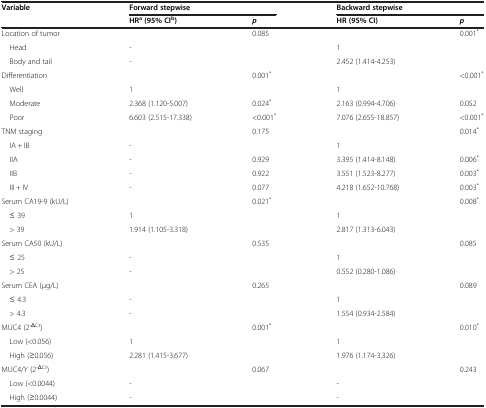
<table><thead><tr><td><b>Variable</b></td><td colspan="2"><b>Forward stepwise</b></td><td colspan="2"><b>Backward stepwise</b></td></tr><tr><td></td><td><b>HR<sup>a</sup>(95% CI<sup>b</sup>)</b></td><td><b><i>p</i></b></td><td><b>HR (95% CI)</b></td><td><b><i>p</i></b></td></tr></thead><tbody><tr><td>Location of tumor</td><td></td><td>0.085</td><td></td><td>0.001<sup>*</sup></td></tr><tr><td> Head</td><td>-</td><td></td><td>1</td><td></td></tr><tr><td> Body and tail</td><td>-</td><td></td><td>2.452 (1.414-4.253)</td><td></td></tr><tr><td>Differentiation</td><td></td><td>0.001<sup>*</sup></td><td></td><td>&lt;0.001<sup>*</sup></td></tr><tr><td> Well</td><td>1</td><td></td><td>1</td><td></td></tr><tr><td> Moderate</td><td>2.368 (1.120-5.007)</td><td>0.024<sup>*</sup></td><td>2.163 (0.994-4.706)</td><td>0.052</td></tr><tr><td> Poor</td><td>6.603 (2.515-17.338)</td><td>&lt;0.001<sup>*</sup></td><td>7.076 (2.655-18.857)</td><td>&lt;0.001<sup>*</sup></td></tr><tr><td>TNM staging</td><td></td><td>0.175</td><td></td><td>0.014<sup>*</sup></td></tr><tr><td> IA + IB</td><td>-</td><td></td><td>1</td><td></td></tr><tr><td> IIA</td><td>-</td><td>0.929</td><td>3.395 (1.414-8.148)</td><td>0.006<sup>*</sup></td></tr><tr><td> IIB</td><td>-</td><td>0.922</td><td>3.551 (1.523-8.277)</td><td>0.003<sup>*</sup></td></tr><tr><td> III + IV</td><td>-</td><td>0.077</td><td>4.218 (1.652-10.768)</td><td>0.003<sup>*</sup></td></tr><tr><td>Serum CA19-9 (kU/L)</td><td></td><td>0.021<sup>*</sup></td><td></td><td>0.008<sup>*</sup></td></tr><tr><td> ≤ 39</td><td>1</td><td></td><td>1</td><td></td></tr><tr><td> &gt; 39</td><td>1.914 (1.105-3.318)</td><td></td><td>2.817 (1.313-6.043)</td><td></td></tr><tr><td>Serum CA50 (kU/L)</td><td></td><td>0.535</td><td></td><td>0.085</td></tr><tr><td> ≤ 25</td><td>-</td><td></td><td>1</td><td></td></tr><tr><td> &gt; 25</td><td>-</td><td></td><td>0.552 (0.280-1.086)</td><td></td></tr><tr><td>Serum CEA (μg/L)</td><td></td><td>0.265</td><td></td><td>0.089</td></tr><tr><td> ≤ 4.3</td><td>-</td><td></td><td>1</td><td></td></tr><tr><td> &gt; 4.3</td><td>-</td><td></td><td>1.554 (0.934-2.584)</td><td></td></tr><tr><td>MUC4 (2<sup>-ΔCt</sup>)</td><td></td><td>0.001<sup>*</sup></td><td></td><td>0.010<sup>*</sup></td></tr><tr><td> Low (&lt;0.056)</td><td>1</td><td></td><td>1</td><td></td></tr><tr><td> High (≥0.056)</td><td>2.281 (1.415-3.677)</td><td></td><td>1.976 (1.174-3.326)</td><td></td></tr><tr><td>MUC4/Y (2<sup>-ΔCt</sup>)</td><td></td><td>0.067</td><td></td><td>0.243</td></tr><tr><td> Low (&lt;0.0044)</td><td>-</td><td></td><td>-</td><td></td></tr><tr><td> High (≥0.0044)</td><td>-</td><td></td><td>-</td><td></td></tr></tbody></table>